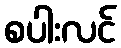
စပါးလင်